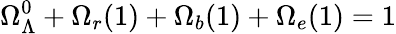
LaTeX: \Omega_{\Lambda}^{0}+\Omega_{r}(1)+\Omega_{b}(1)+\Omega_{e}(1)=1